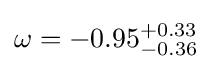
\omega =-0.95_{-0.36}^{+0.33}